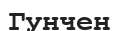
Гунчен